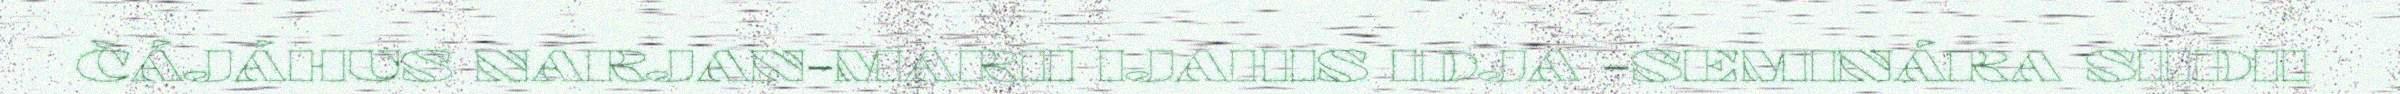
ČÁJÁHUS NARJAN-MARII IJAHIS IDJA -SEMINÁRA SIIDII